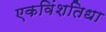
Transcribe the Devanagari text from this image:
एकविंशतिधा